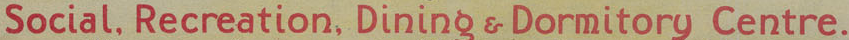
Social,Recreation,Dining Dormitory Centre.